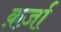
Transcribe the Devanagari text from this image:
क़र्ज़ा